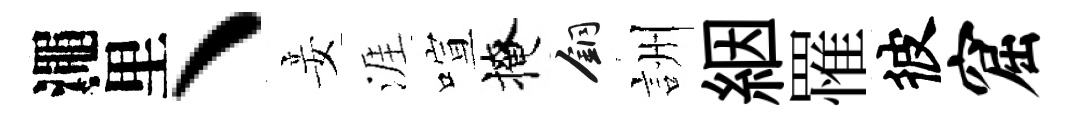
澠里、妾涯喧掩銅詶絪罹彼窟